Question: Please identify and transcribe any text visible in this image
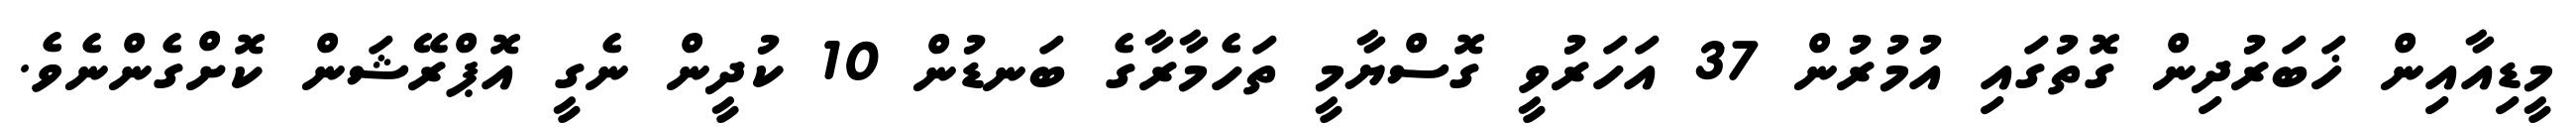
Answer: މީޑިއާއިން ޚަބަރުދިން ގޮތުގައި އުމުރުން 37 އަހަރުވީ ގޮސްޔާމީ ތަހެމާރާގެ ބަނޑުން 10 ކުދީން ނެގީ އޮޕްރޭޝަން ކޮށްގެންނެވެ.